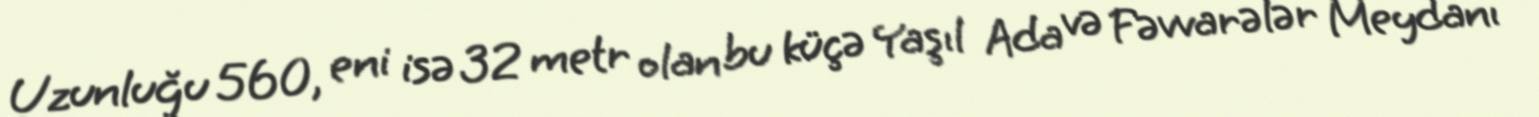
Uzunluğu 560, eni isə 32 metr olan bu küçə Yaşıl Ada və Fəvvarələr Meydanı